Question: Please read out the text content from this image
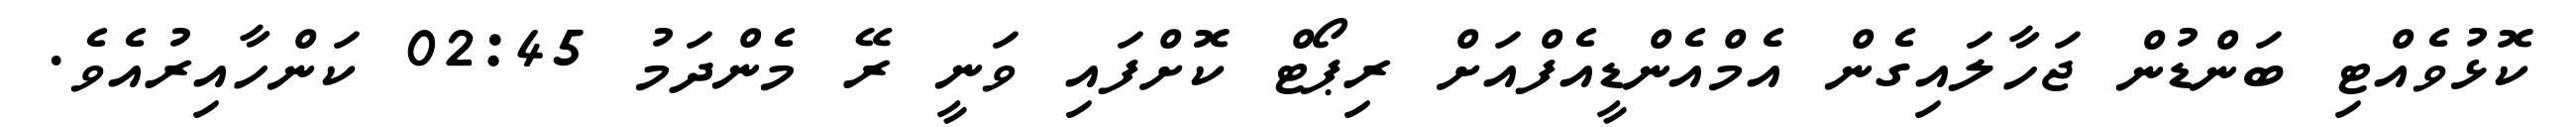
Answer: ކޮޅުވެއްޓި ބަންޑުން ޖަހާލައިގެން އެމްއެންޑީއެފްއަށް ރިޕޯޓް ކޮށްފައި ވަނީ ރޭ މެންދަމު 02:45 ކަންހާއިރުއެވެ.